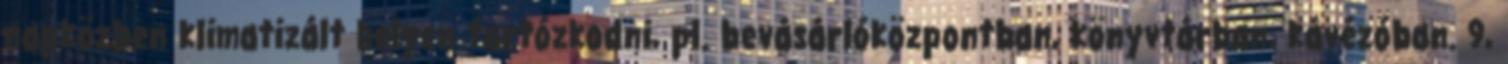
napközben klimatizált helyen tartózkodni, pl. bevásárlóközpontban, könyvtárban, kávézóban. 9,